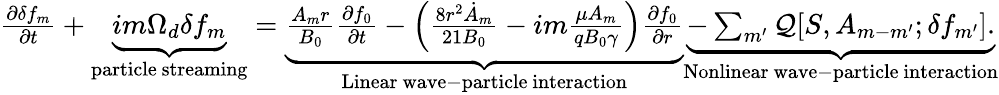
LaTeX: \begin{array}{r}{\frac{\partial\delta f_{m}}{\partial t}+\underbrace{im\Omega_{d}\delta f_{m}}_{\mathrm{particle~streaming}}=\underbrace{\frac{A_{m}r}{B_{0}}\frac{\partial f_{0}}{\partial t}-\left(\frac{8r^{2}\dot{A}_{m}}{21B_{0}}-im\frac{\mu A_{m}}{qB_{0}\gamma}\right)\frac{\partial f_{0}}{\partial r}}_{\mathrm{Linear~wave-particle~interaction}}\underbrace{-\sum_{m^{\prime}}\mathcal{Q}[S,A_{m-m^{\prime}};\delta f_{m^{\prime}}].}_{\mathrm{Nonlinear~wave-particle~interaction}}}\end{array}